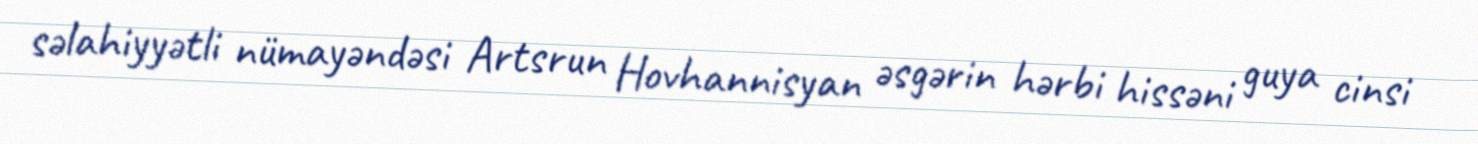
səlahiyyətli nümayəndəsi Artsrun Hovhannisyan əsgərin hərbi hissəni guya cinsi